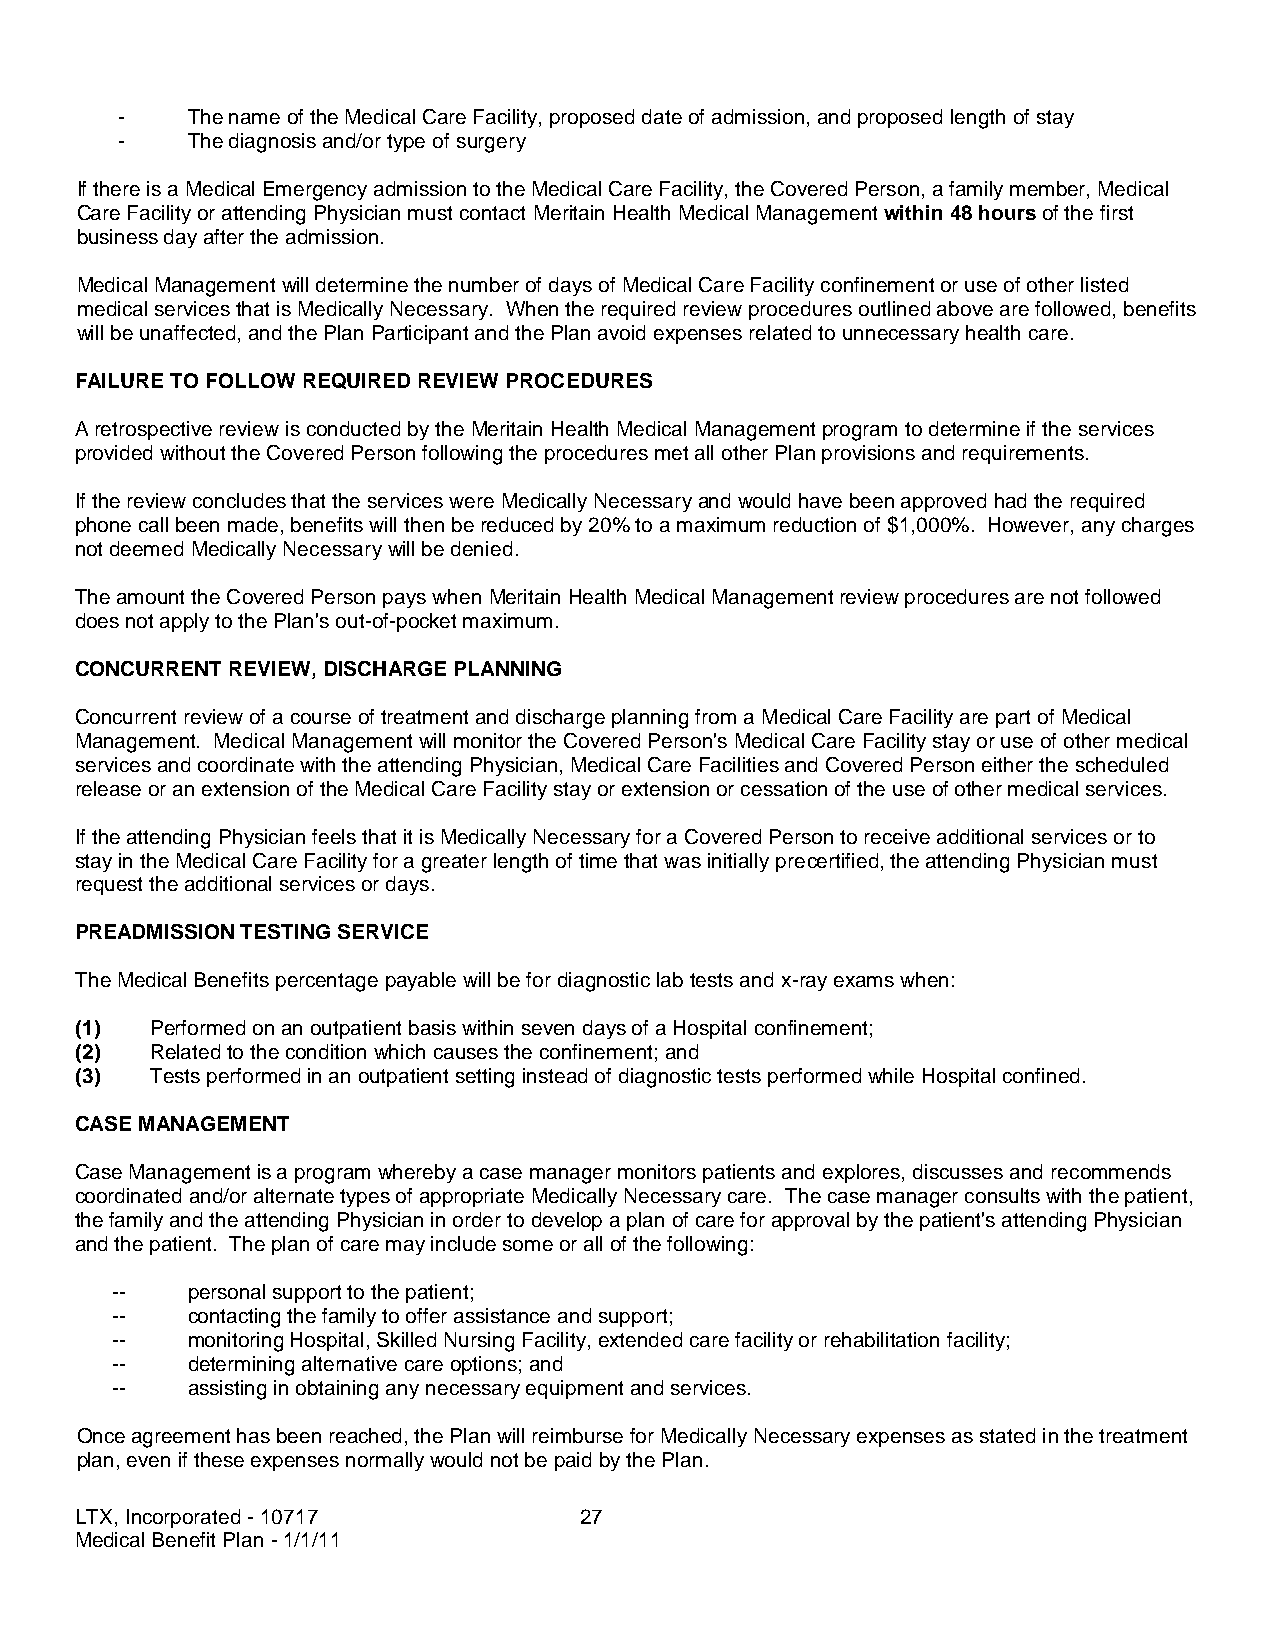
-   The name of the Medical Care Facility, proposed date of admission, and proposed length of stay
 -   The diagnosis and/or type of surgery
 If there is a Medical Emergency admission to the Medical Care Facility, the Covered Person, a family member, Medical
 Care Facility or attending Physician must contact Meritain Health Medical Management within 48 hours of the first
 business day after the admission.
 Medical Management will determine the number of days of Medical Care Facility confinement or use of other listed
 medical services that is Medically Necessary. When the required review procedures outlined above are followed, benefits
 will be unaffected, and the Plan Participant and the Plan avoid expenses related to unnecessary health care.
 FAILURE TO FOLLOW REQUIRED REVIEW PROCEDURES
 A retrospective review is conducted by the Meritain Health Medical Management program to determine if the services
 provided without the Covered Person following the procedures met all other Plan provisions and requirements.
 If the review concludes that the services were Medically Necessary and would have been approved had the required
 phone call been made, benefits will then be reduced by 20% to a maximum reduction of $1,000%. However, any charges
 not deemed Medically Necessary will be denied.
 The amount the Covered Person pays when Meritain Health Medical Management review procedures are not followed
 does not apply to the Plan's out-of-pocket maximum.
 CONCURRENT REVIEW, DISCHARGE PLANNING
 Concurrent review of a course of treatment and discharge planning from a Medical Care Facility are part of Medical
 Management. Medical Management will monitor the Covered Person's Medical Care Facility stay or use of other medical
 services and coordinate with the attending Physician, Medical Care Facilities and Covered Person either the scheduled
 release or an extension of the Medical Care Facility stay or extension or cessation of the use of other medical services.
 If the attending Physician feels that it is Medically Necessary for a Covered Person to receive additional services or to
 stay in the Medical Care Facility for a greater length of time that was initially precertified, the attending Physician must
 request the additional services or days.
 PREADMISSION TESTING SERVICE
 The Medical Benefits percentage payable will be for diagnostic lab tests and x-ray exams when:
 (1)  Performed on an outpatient basis within seven days of a Hospital confinement;
 (2)  Related to the condition which causes the confinement; and
 (3)  Tests performed in an outpatient setting instead of diagnostic tests performed while Hospital confined.
 CASE MANAGEMENT
 Case Management is a program whereby a case manager monitors patients and explores, discusses and recommends
 coordinated and/or alternate types of appropriate Medically Necessary care. The case manager consults with the patient,
 the family and the attending Physician in order to develop a plan of care for approval by the patient's attending Physician
 and the patient. The plan of care may include some or all of the following:
 --   personal support to the patient;
 --   contacting the family to offer assistance and support;
 --   monitoring Hospital, Skilled Nursing Facility, extended care facility or rehabilitation facility;
 --   determining alternative care options; and
 --   assisting in obtaining any necessary equipment and services.
 Once agreement has been reached, the Plan will reimburse for Medically Necessary expenses as stated in the treatment
 plan, even if these expenses normally would not be paid by the Plan.
 LTX, Incorporated - 10717        27
 Medical Benefit Plan - 1/1/11